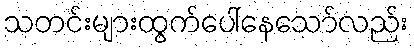
သတင်းများထွက်ပေါ်နေသော်လည်း